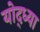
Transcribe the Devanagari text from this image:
योद्ध्या